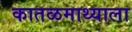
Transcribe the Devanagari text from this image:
कातळमाथ्याला